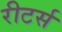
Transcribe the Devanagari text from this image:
रीटर्स